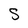
Character: S